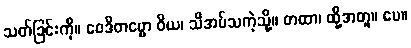
သတ်ခြင်းကို။ ဝေဒိတဗ္ဗော ဝိယ၊ သိအပ်သကဲ့သို့။ တထာ၊ ထို့အတူ။ ပေ။